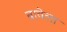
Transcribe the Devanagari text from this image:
बावेला